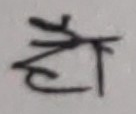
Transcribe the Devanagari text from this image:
हो